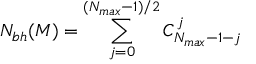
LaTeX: { \cal N } _ { b h } ( M ) = \sum _ { j = 0 } ^ { ( N _ { m a x } - 1 ) / 2 } C _ { N _ { m a x } - 1 - j } ^ { j }